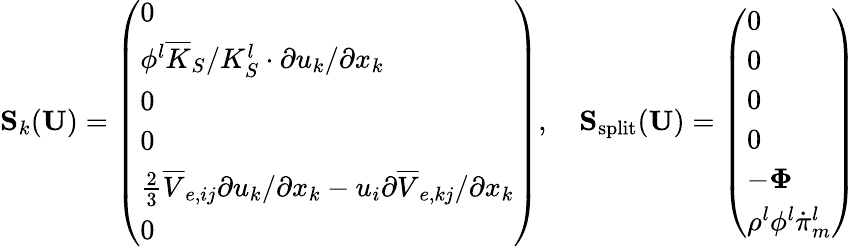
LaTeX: \mathbf{S}_{k}(\mathbf{U})=\left(\begin{array}{l}{0}\\ {\phi^{l}\overline{{K}}_{S}/K_{S}^{l}\cdot\partial u_{k}/\partial x_{k}}\\ {0}\\ {0}\\ {\frac{2}{3}\overline{{V}}_{e,ij}\partial u_{k}/\partial x_{k}-u_{i}\partial\overline{{V}}_{e,kj}/\partial x_{k}}\\ {0}\end{array}\right),\quad\mathbf{S}_{\mathrm{split}}(\mathbf{U})=\left(\begin{array}{l}{0}\\ {0}\\ {0}\\ {0}\\ {-\boldsymbol\Phi}\\ {\rho^{l}\phi^{l}\dot{\pi}_{m}^{l}}\end{array}\right)